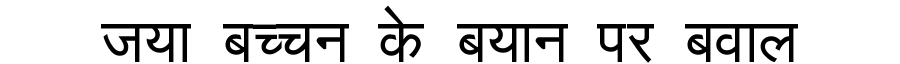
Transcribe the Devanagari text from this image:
जया बच्चन के बयान पर बवाल